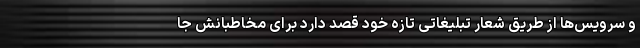
و سرویس‌ها از طریق شعار تبلیغاتی تازه خود قصد دارد برای مخاطبانش جا